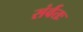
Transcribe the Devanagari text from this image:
संर्वतः